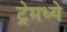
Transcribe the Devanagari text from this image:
ट्रेमध्ये